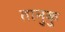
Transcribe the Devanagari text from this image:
तानुकु